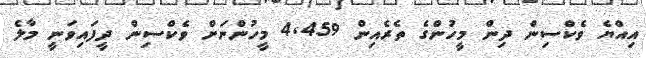
އިއްޔެ ވެކްސިން ދިން މީހުންގެ ތެރެއިން 4